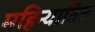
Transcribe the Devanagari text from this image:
महिन्यातिल